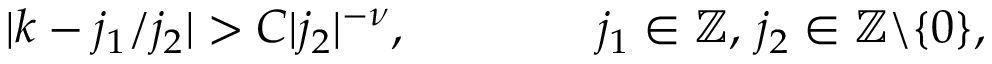
| k - j _ { 1 } / j _ { 2 } | > C | j _ { 2 } | ^ { - \nu } , \qquad \qquad j _ { 1 } \in \mathbb { Z } , \, j _ { 2 } \in \mathbb { Z } \backslash \{ 0 \} ,